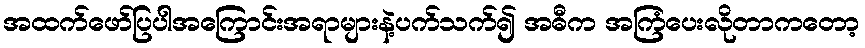
အထက်ဖော်ပြပါအကြောင်းအရာများနဲ့ပက်သက်၍ အဓီက အကြံပေးလိုတာကတော့